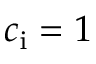
c _ { \mathrm { i } } = 1